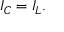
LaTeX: I _ { C } = I _ { L } .